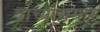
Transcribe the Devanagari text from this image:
याच्यासमोर